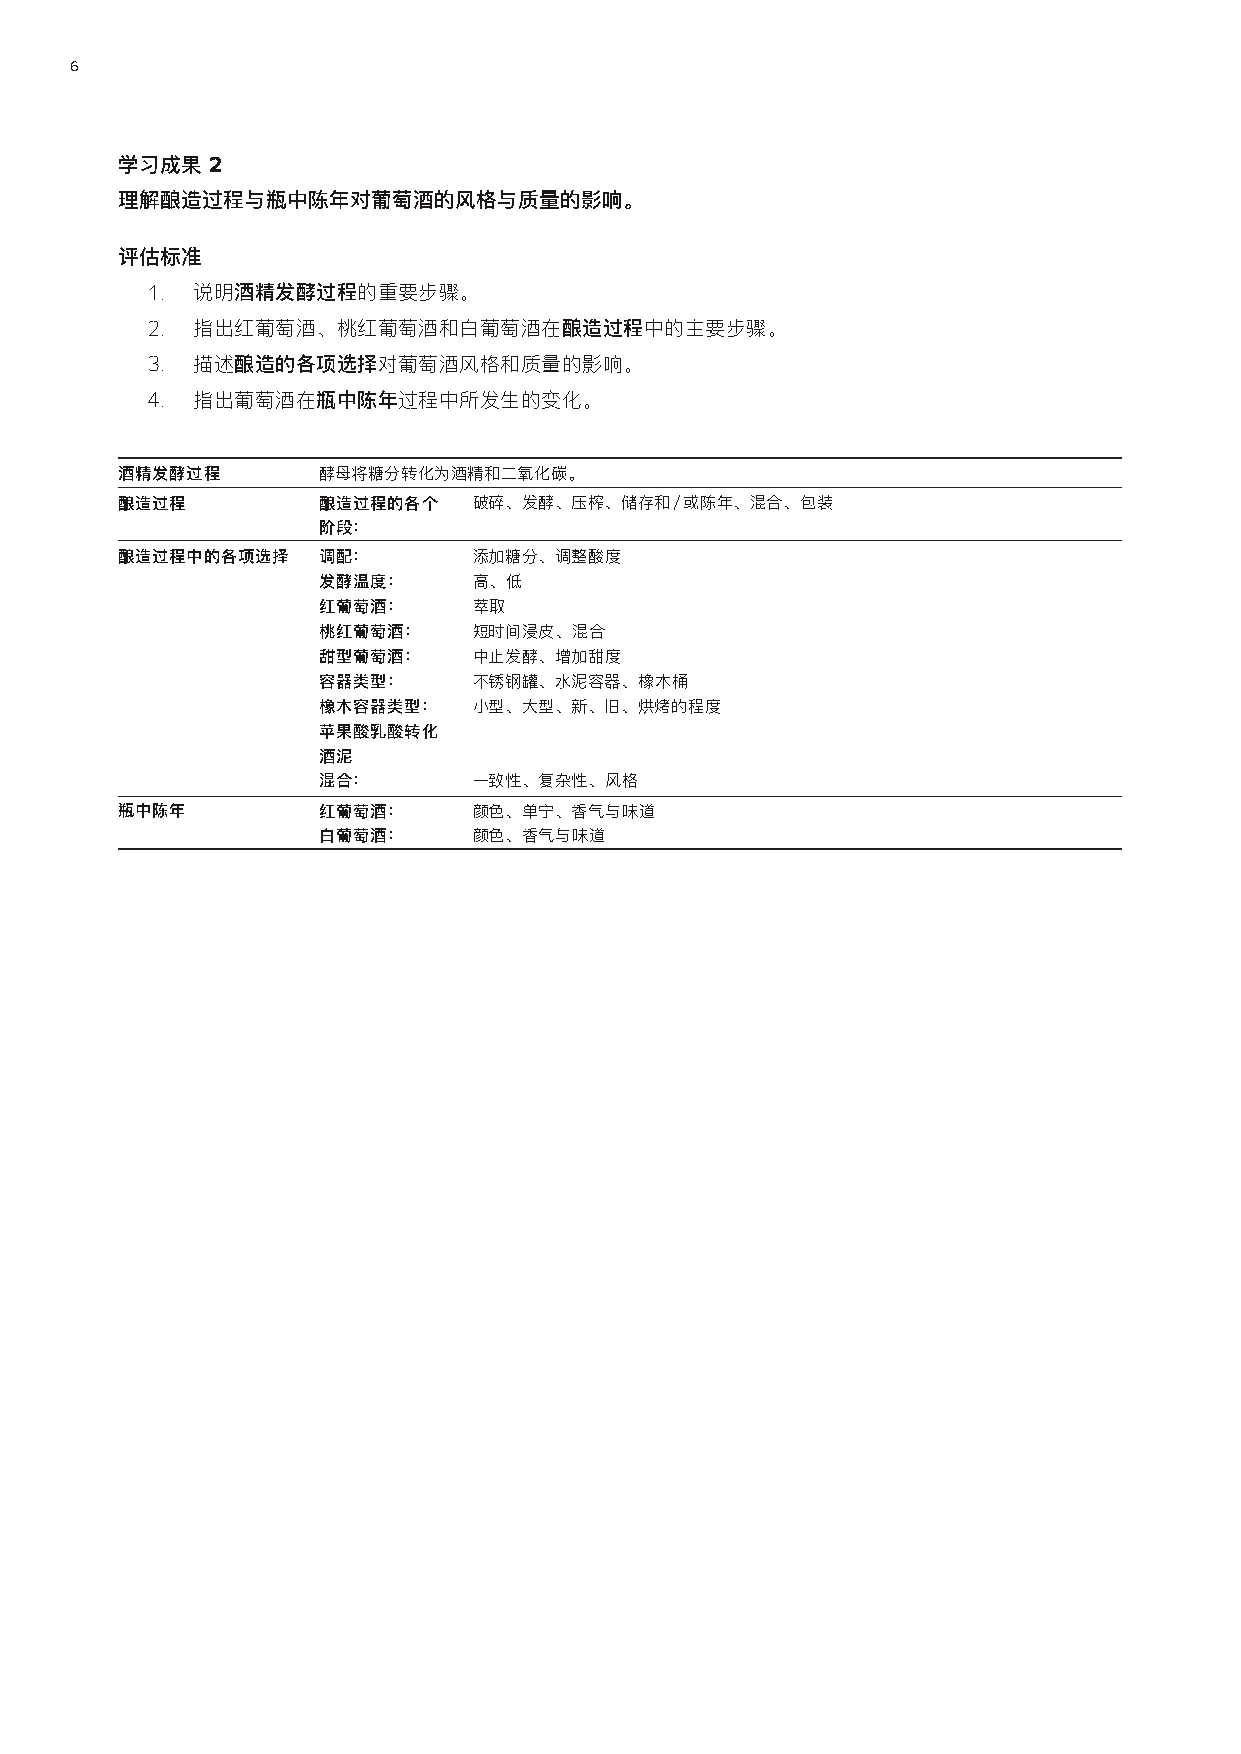
6
 学习成果2
 理解酿造过程与瓶中陈年对葡萄酒的风格与质量的影响。
 评估标准
 1. 说明酒精发酵过程的重要步骤。
 2. 指出红葡萄酒、桃红葡萄酒和白葡萄酒在酿造过程中的主要步骤。
 3. 描述酿造的各项选择对葡萄酒风格和质量的影响。
 4. 指出葡萄酒在瓶中陈年过程中所发生的变化。
 酒精发酵过程       酵母将糖分转化为酒精和二氧化碳。
 酿造过程         酿造过程的各个   破碎、发酵、压榨、储存和/或陈年、混合、包装
 阶段：
 酿造过程中的各项选择   调配：       添加糖分、调整酸度
 发酵温度：     高、低
 红葡萄酒：     萃取
 桃红葡萄酒：    短时间浸皮、混合
 甜型葡萄酒：    中止发酵、增加甜度
 容器类型：     不锈钢罐、水泥容器、橡木桶
 橡木容器类型：   小型、大型、新、旧、烘烤的程度
 苹果酸乳酸转化
 酒泥
 混合：       一致性、复杂性、风格
 瓶中陈年         红葡萄酒：     颜色、单宁、香气与味道
 白葡萄酒：     颜色、香气与味道